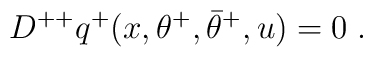
D^{++} q^+(x,\theta^+,\bar\theta^+,u) = 0\;.